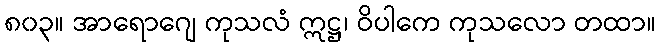
၈၀၃။ အာရောဂျေ ကုသလံ ဣဋ္ဌ၊ ဝိပါကေ ကုသလော တထာ။